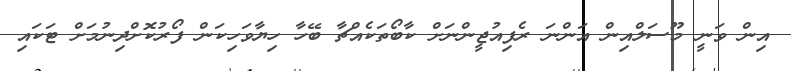
އިން ވަނީ މޫސަލްއިން އަންނަ ރެފިއުޖީންނަށް ކާބޯތަކެއްޗާ ބޭހާ ހިޔާވަހިކަން ފޯރުކޮށްދިނުމަށް ޓަކައި